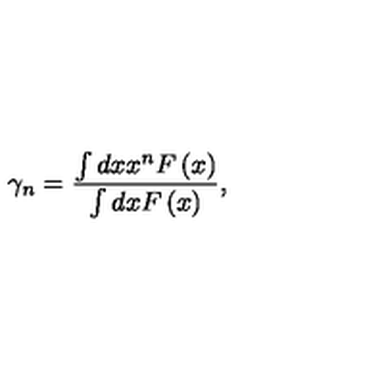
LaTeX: \gamma _ { n } = \frac { \int d x x ^ { n } F \left( x \right) } { \int d x F \left( x \right) } ,